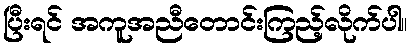
ပြီးရင် အကူအညီတောင်းကြည့်လိုက်ပါ။